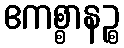
ဧကစ္စာနဉ္စ